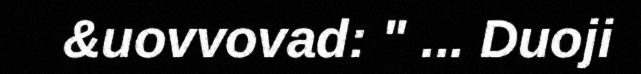
&uovvovad: " ... Duoji